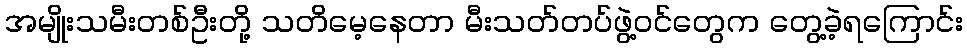
အမျိုးသမီးတစ်ဦးတို့ သတိမေ့နေတာ မီးသတ်တပ်ဖွဲ့ဝင်တွေက တွေ့ခဲ့ရကြောင်း